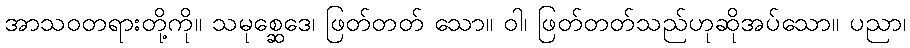
အာသဝတရားတို့ကို။ သမုစ္ဆေဒေ၊ ဖြတ်တတ် သော။ ဝါ၊ ဖြတ်တတ်သည်ဟုဆိုအပ်သော။ ပညာ၊